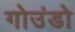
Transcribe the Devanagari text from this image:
गोउंडो